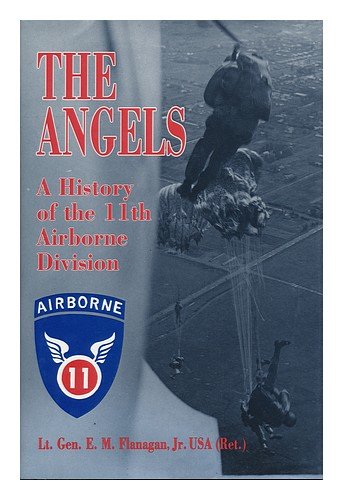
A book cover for The Angels: A History of the 11th Airborne Division; Jr. E. M. Flanagan; History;